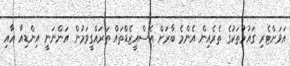
އަވަށްޓެރި ގައުމުތަކުގެ ތެރެއިން އެންމެ ބާރަށް އެސްއީޒެޑްތައް ތަރައްގީވަމުން އަންނަނީ އިންޑިއާ އާއި